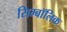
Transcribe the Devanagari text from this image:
सिम्बॉलिक